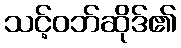
သင့်ဝဘ်ဆိုဒ်၏